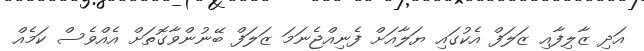
އަދި ޒާލިފާއި ޒަލަފް އެކުގައި ޔަލާއަށް ފެނިއްޖެނަމަ ޒަލަފް ބޭނުންވާގޮތަށް އެއްވެސް ކަމެއް